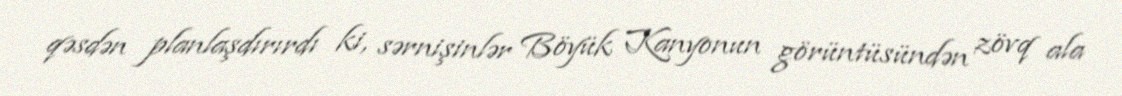
qəsdən planlaşdırırdı ki, sərnişinlər Böyük Kanyonun görüntüsündən zövq ala